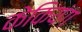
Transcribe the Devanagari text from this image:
केकियंग